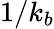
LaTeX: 1/k_{b}